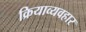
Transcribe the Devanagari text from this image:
क्रियाव्यवहार